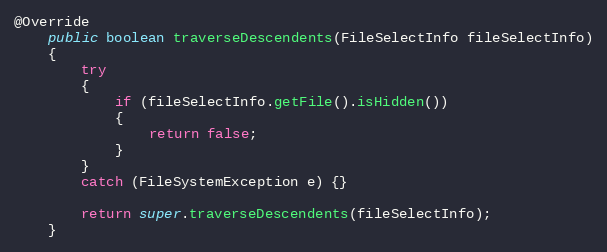
Language: Java
@Override
    public boolean traverseDescendents(FileSelectInfo fileSelectInfo)
    {
        try
        {
            if (fileSelectInfo.getFile().isHidden())
            {
                return false;
            }
        }
        catch (FileSystemException e) {}

        return super.traverseDescendents(fileSelectInfo);
    }